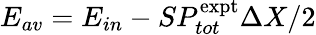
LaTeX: E_{av}=E_{in}-SP_{tot}^{\mathrm{expt}}\Delta X/2